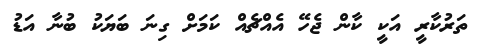
ތަރުކާރީ އަކީ ކާން ޖެހޭ އެއްޗެއް ކަމަށް ގިނަ ބަޔަކު ބުނާ އަޑު